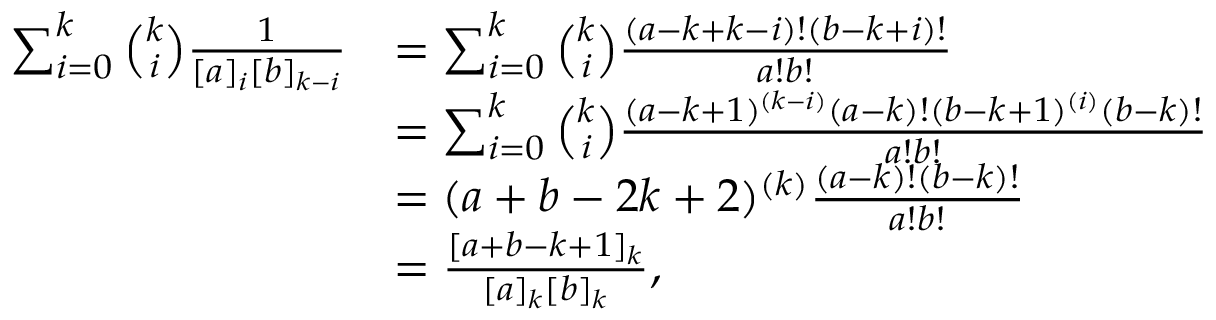
\begin{array} { r l } { \sum _ { i = 0 } ^ { k } \binom { k } { i } \frac { 1 } { [ a ] _ { i } [ b ] _ { k - i } } } & { = \sum _ { i = 0 } ^ { k } \binom { k } { i } \frac { ( a - k + k - i ) ! ( b - k + i ) ! } { a ! b ! } } \\ & { = \sum _ { i = 0 } ^ { k } \binom { k } { i } \frac { ( a - k + 1 ) ^ { ( k - i ) } ( a - k ) ! ( b - k + 1 ) ^ { ( i ) } ( b - k ) ! } { a ! b ! } } \\ & { = ( a + b - 2 k + 2 ) ^ { ( k ) } \frac { ( a - k ) ! ( b - k ) ! } { a ! b ! } } \\ & { = \frac { [ a + b - k + 1 ] _ { k } } { [ a ] _ { k } [ b ] _ { k } } , } \end{array}